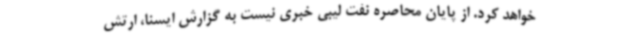
خواهد کرد. از پایان محاصره نفت لیبی خبری نیست به گزارش ایسنا، ارتش